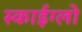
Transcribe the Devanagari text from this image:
स्काईग्लो